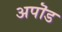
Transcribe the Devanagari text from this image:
अपॊड